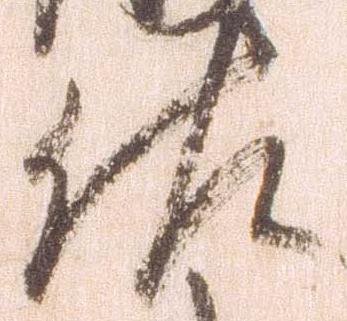
佐